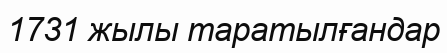
1731 жылы таратылғандар